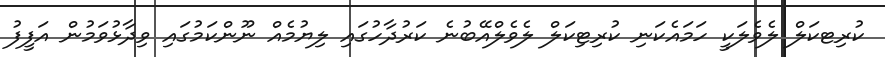
ކުރިޓކަލް ލެވެލަކީ ހަމައެކަނި ކުރިޓިކަލް ލެވެލްއޭބުނެ ކަރުދާހުގައި ލިޔުމެއް ނޫންކަމުގައި ވިދާޅުވަމުން އަފީފު